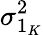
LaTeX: \sigma_{1_{K}}^{2}